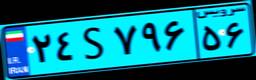
۸۳S۶۴۷۴۴